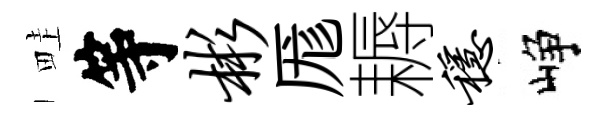
畦等彬厖耨稳峥